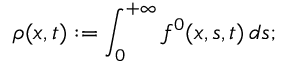
\rho ( x , t ) : = \int _ { 0 } ^ { + \infty } f ^ { 0 } ( x , s , t ) \, d s ;